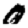
Digit: 0